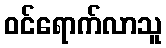
ဝင်ရောက်လာသူ